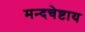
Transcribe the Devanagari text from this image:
मन्दचेष्टाय